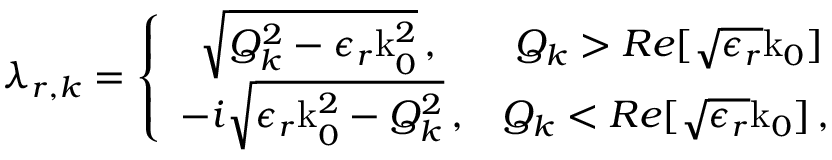
\lambda _ { r , k } = \left\{ \begin{array} { l l } { \, \, \, \sqrt { Q _ { k } ^ { 2 } - \epsilon _ { r } \mathrm { k } _ { 0 } ^ { 2 } } \, , } & { \ Q _ { k } > R e [ \sqrt { \epsilon _ { r } } \mathrm { k } _ { 0 } ] \, } \\ { - i \sqrt { \epsilon _ { r } \mathrm { k } _ { 0 } ^ { 2 } - Q _ { k } ^ { 2 } } \, , } & { Q _ { k } < R e [ \sqrt { \epsilon _ { r } } \mathrm { k } _ { 0 } ] \, , } \end{array} \right.